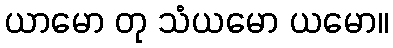
ယာမော တု သံယမော ယမော။